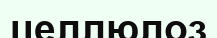
целлюлоз